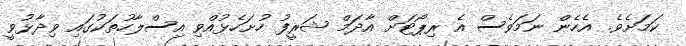
ކަމަށެވެ. އެހެން ނަމަވެސް އެ ރިޕޯޓަށް އާދަމް ޝަރީފު ހުށަހެޅުއްވި އިސްލާހުތަކުގައި ވިދާޅުވީ